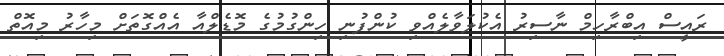
ރައީސް އިބްރާހިމް ނާސިރު އެކުލަވާލެއްވި ކުންފުނި ހިންގުމުގެ މޮޑެލްއާ އެއްގޮތަށް މިހާރު މިއޮތް